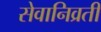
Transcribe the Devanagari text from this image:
सेवानिव्रती